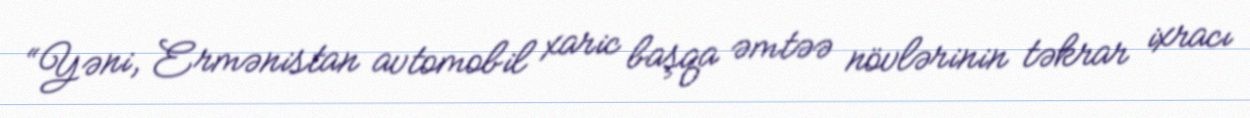
“Yəni, Ermənistan avtomobil xaric başqa əmtəə növlərinin təkrar ixracı